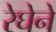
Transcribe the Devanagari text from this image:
रेघेने